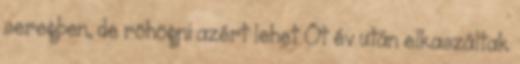
seregben, de röhögni azért lehet Öt év után elkaszáltak